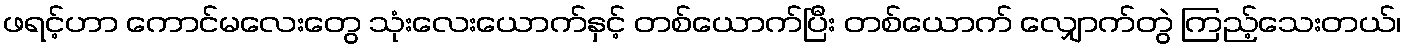
ဖရင့်ဟာ ကောင်မလေးတွေ သုံးလေးယောက်နှင့် တစ်ယောက်ပြီး တစ်ယောက် လျှောက်တွဲ ကြည့်သေးတယ်၊